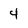
Character: 4